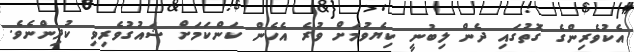
އެކުވެރިންގެ ގޮތުގައި ދެން ލިބުނީ ކިޔެވުމަށް ވުރެ އެހެން ކަންކަމަށް ޝައުގުވެރިވި ކުދިންނެވެ.